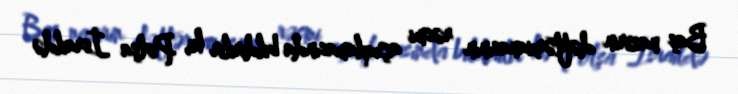
Baş nazirin dəftərxanasının rəsmi açıqlamasında bildirilir ki, Polşa İsraildə